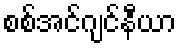
စစ်အင်ဂျင်နီယာ